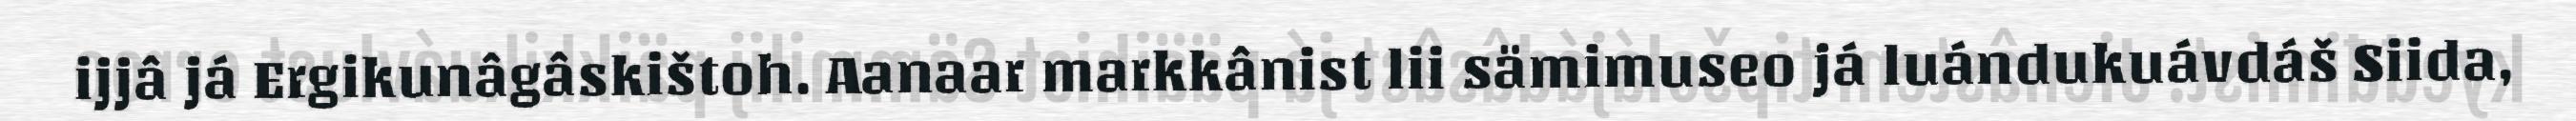
ijjâ já Ergikunâgâskištoh. Aanaar markkânist lii sämimuseo já luándukuávdáš Siida,